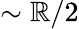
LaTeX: \sim\mathbb{R}/2